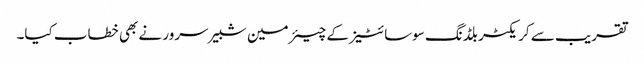
تقریب سے کریکٹر بلڈنگ سوسائٹیز کے چیئرمین شبیر سرور نے بھی خطاب کیا۔